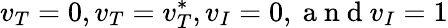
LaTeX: v_{T}=0,v_{T}=v_{T}^{*},v_{I}=0,\mathrm{~a~n~d~}v_{I}=1